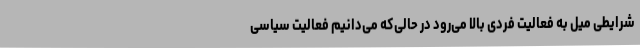
شرایطی میل به فعالیت فردی بالا می‌رود در حالی‌که می‌دانیم فعالیت سیاسی